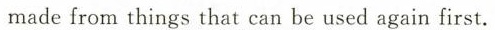
madefrom things that can be used again first.